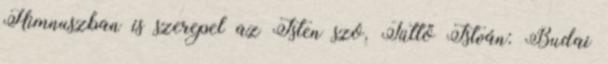
Himnuszban is szerepel az Isten szó. Tüttő István: Budai